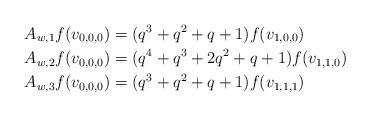
\begin{align*}&A_{w,1}f(v_{0,0,0})=(q^3+q^2+q+1)f(v_{1,0,0})\\&A_{w,2}f(v_{0,0,0})=(q^4+q^3+2q^2+q+1)f(v_{1,1,0})\\&A_{w,3}f(v_{0,0,0})=(q^3+q^2+q+1)f(v_{1,1,1})\end{align*}